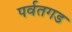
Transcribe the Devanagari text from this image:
पर्वतगड